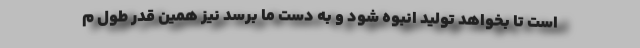
است تا بخواهد تولید انبوه شود و به دست ما برسد نیز همین قدر طول م